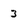
Character: 3